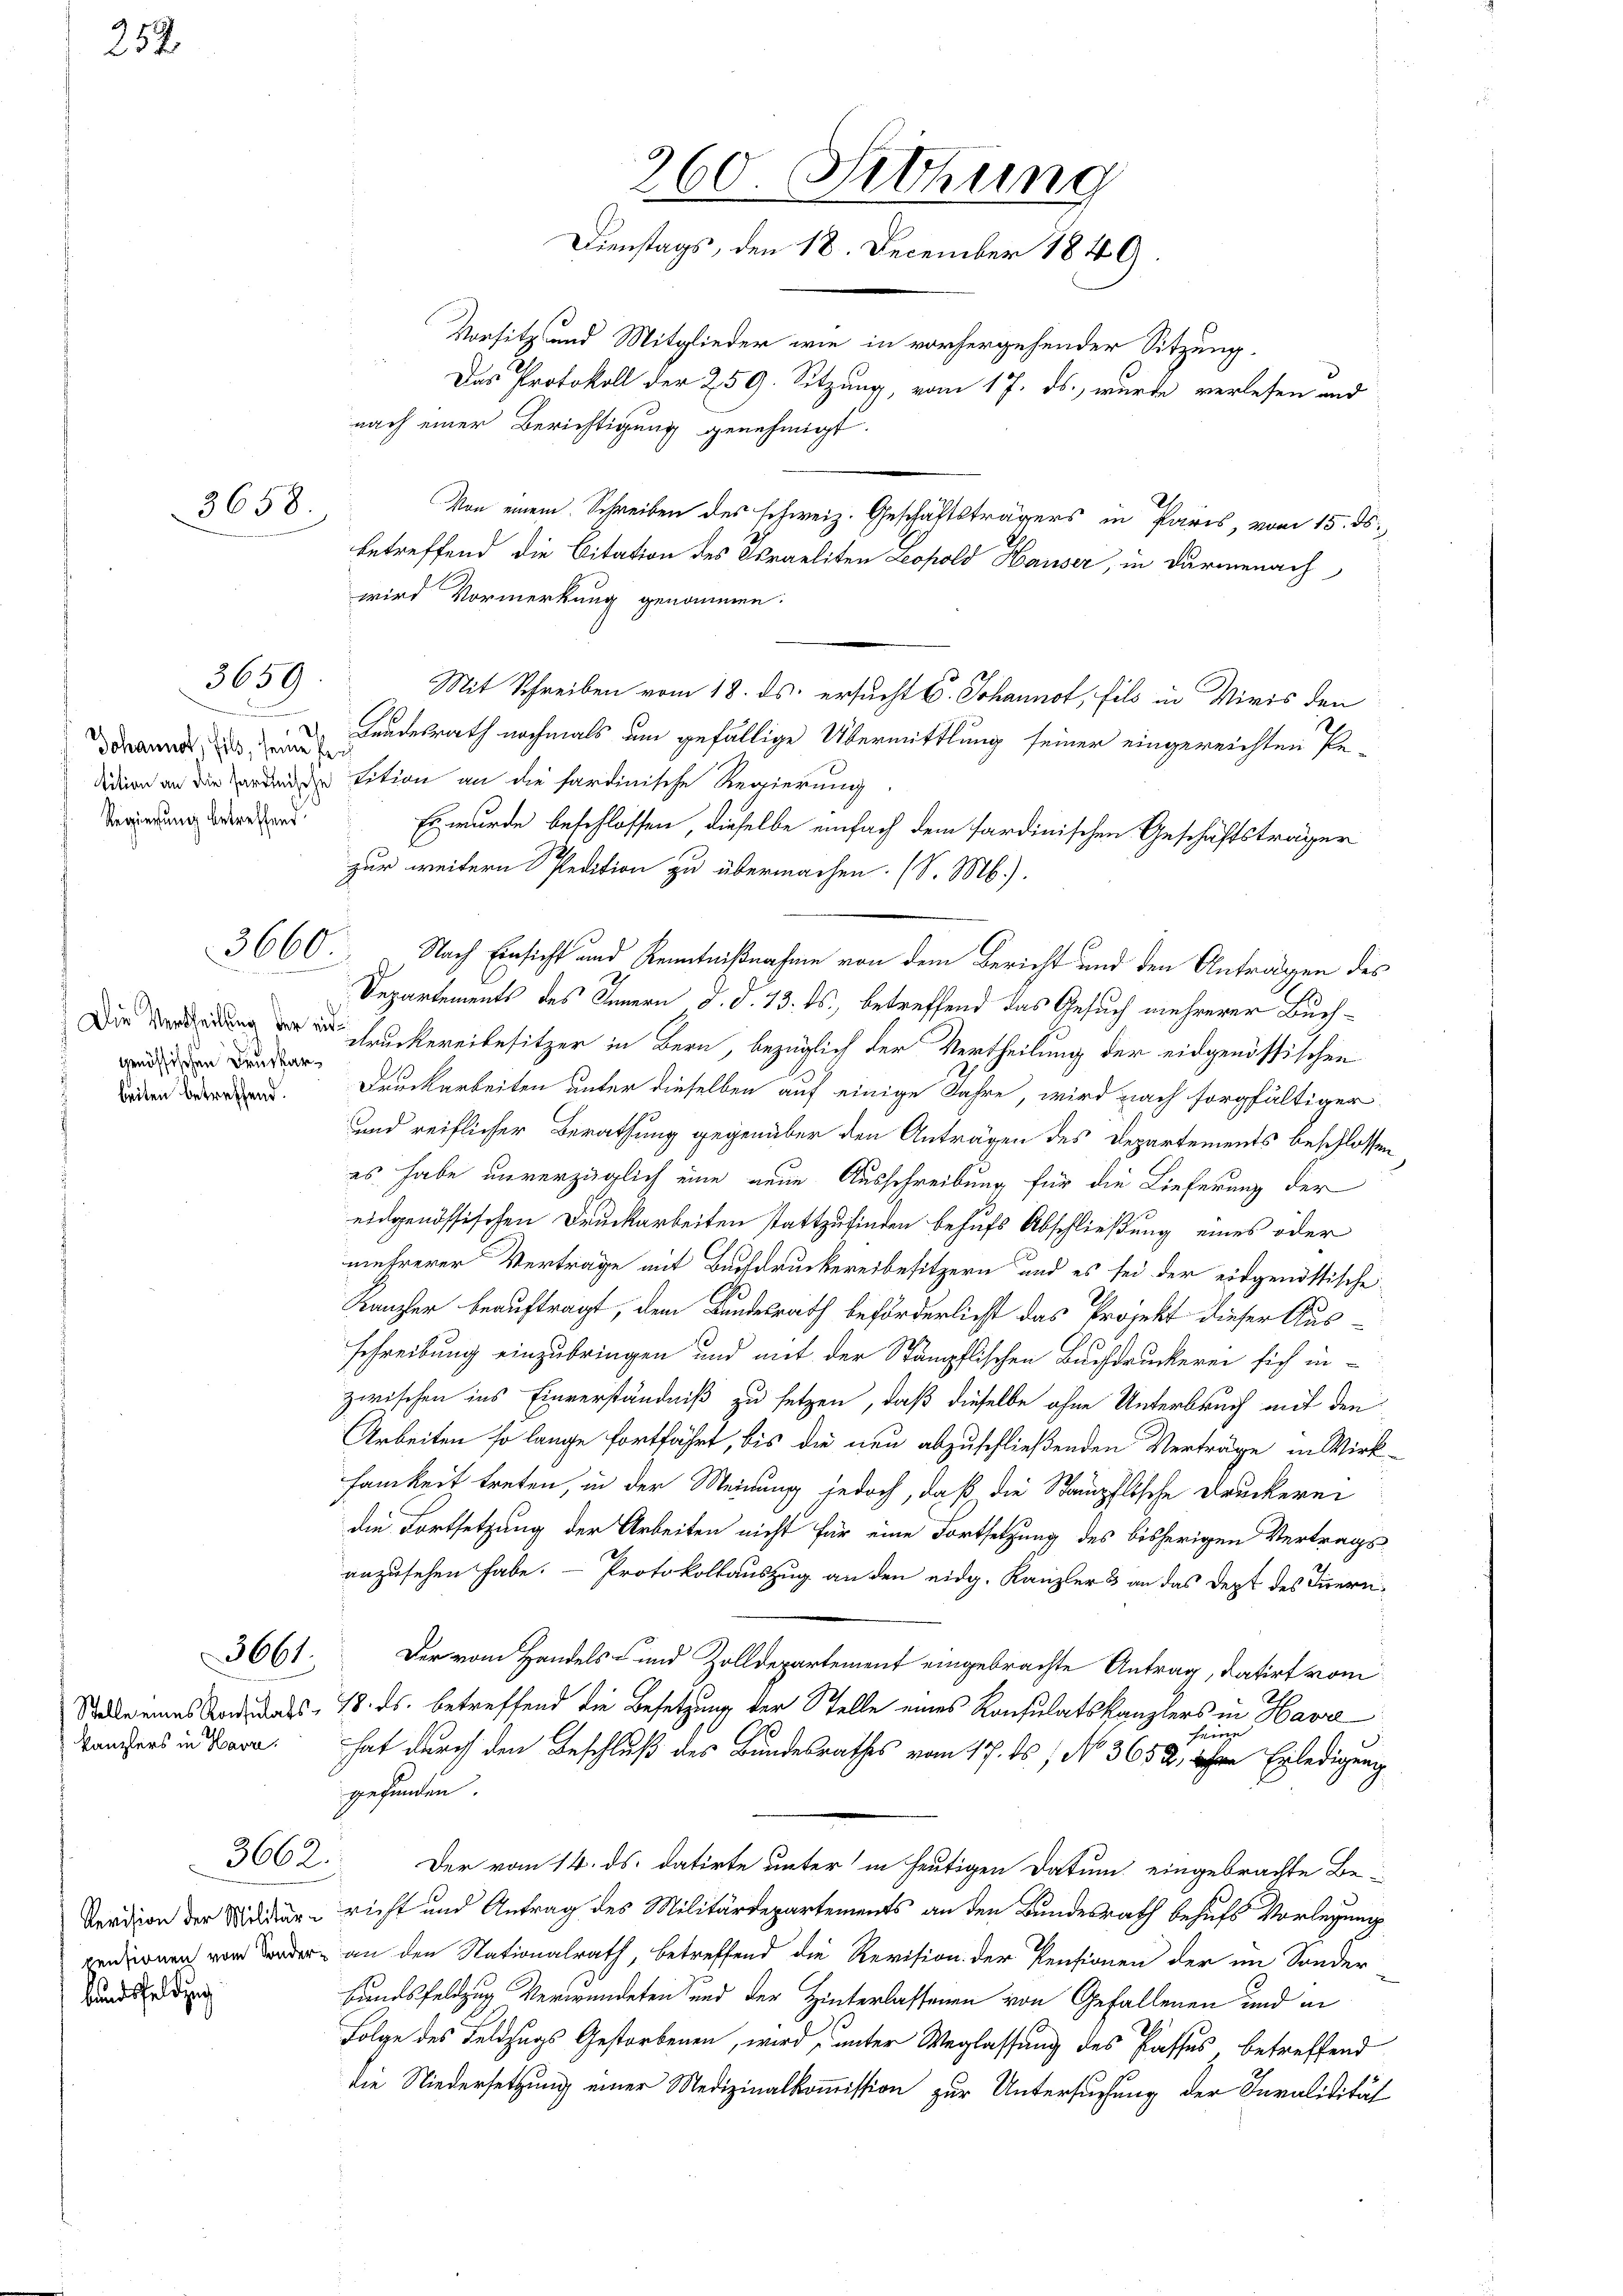
252

d
Johannst, fils, seine Per¬
Regierung betreffend

genössischen Druckarbeiten betreffend.

kanzlers in Havre.

Revision der Militär-
censionen vom Sonder

bundsfelding

3658.

3659

3660
u
6

3662.

260. Setzung
Dienstags, den 18. December 1849.

nach einer Berichtigung genehmigt.
Landesrath nochmals um gefällige Übermittlung seiner eingereichten Pe-
didern an die orden die tition an die sardinische Regierung
Es wurde beschlossen, dieselbe einfach dem sardinischen Geschäftsträger
zur weitern Pedition zu übermachen. (S. M.).
Nach Einsicht und Kenntnißnahme von dem Bericht und den Anträgen des
Departements des Innern d. d. 13. ds., betreffend das Gesuch mehrerer Buch¬
 Huckereibesitzer in Bern, bezüglich der Vertheilung der eidgenössischen
Druckarbeiten unter dieselben auf einige Jahre, wird nach sorgfältiger
und reiflicher Berathung gegenüber den Anträgen des Departements beschlossen
es habe unverzüglich eine neue Ausschreibung für die Lieferung der
eidgenössischen Druckarbeiten stattzufinden behufs Abschließung eines oder
mehrerer Verträge mit Buchdruckereibesitzern und es sei der eidgenössische
Kanzler beauftragt, dem Bundesrath beförderlicht das Projekt dieser Aus-
schreibung einzubringen und mit der Stämpflischen Buchdruckerei sich in
zwischen ins Einverständniß zu setzen, daß dieselbe ohne Unterbruch auf den
Arbeiten so lange fortfährt, bis die neu abzuschließenden Verträge in Wirksamkeit treten, in der Meinung jedoch, daß die Stampflische Druckerei
die Fortsetzung der Arbeiten nicht für eine Fortsetzung des bisherigen Vertrags-
anzusehen habe. - Protokollauszug an den eidg. Kanzler & an das Dept des Innern¬
3661. Der vom Handels- und Zolldepartement eingebrachte Antrag, datirt vom
Siedle eines Andrands- 18. ds. betreffend die Besetzung der Stelle eines Konsulatskanzlers in Havre
.
hat durch den Beschluß des Bundesrathes vom 17. ds, No. 3652, ihre Erledigung
gefunden.
Der vom 14. ds. datirte unter in heutigen Datum eingebrachte Bericht und Antrag des Militärdepartements an den Bundesrath behufs Vorlegung
an den Nationalrath, betreffend die Revision der Pensionen der im Sonder
Bundsfeldzug verwendeten und der Hinterlassenen von Gefallenen und in
Folge des Feldstags Gestorbenen, wird, unter Weglassung des Passes, betreffend
die Niedersetzung einer Medizinalkommission zur Untersuchung der Invalidität

wird Vormerkung genommen.

Vorsitz und Mitglieder wie in vorhergehender Sitzung.
Das Protokoll der 259. Sitzung, vom 17. ds., wurde verlesen und
Von einem Schreiben des schweiz. Geschäftsträgers in Paris, vom 15. ds.

betreffend die Citation des Israeliten Leopold Hauser, in durmenach

Mit Schreiben vom 18. ds. ersucht E. Johannot, fils in Miris den